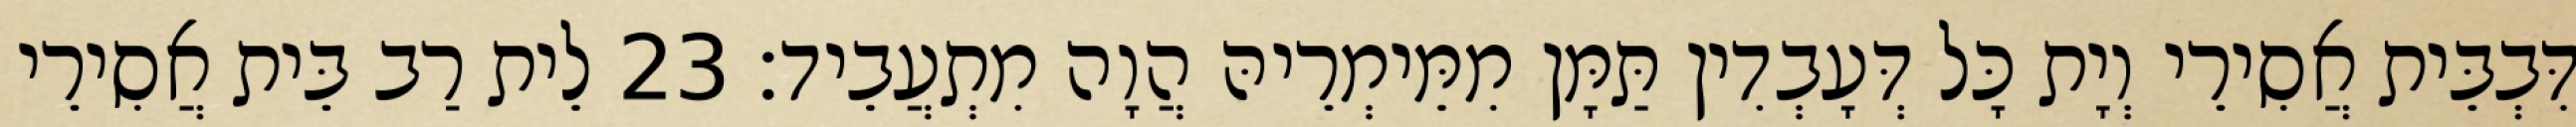
דִּבְבֵּית אֲסִירֵי וְיָת כָּל דְּעָבְדִין תַּמָּן מִמֵּימְרֵיהּ הֲוָה מִתְעֲבֵיד׃ 23 לֵית רַב בֵּית אֲסִירֵי